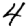
Digit: 4